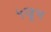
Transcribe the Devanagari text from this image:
५जून